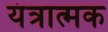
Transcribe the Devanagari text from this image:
यंत्रात्मक